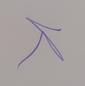
Signature authenticity: genuine